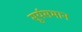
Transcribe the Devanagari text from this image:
सूर्यसमान